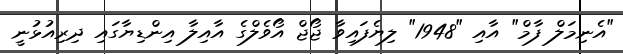
"އެނިމަލް ފާމް" އާއި "1948" ލިޔެފައިވާ ޖޯޖް އޯވެލްގެ އާއިލާ އިންޑިޔާގައި ދިރިއުޅުނީ